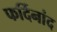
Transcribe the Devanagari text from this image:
फर्दिनांद